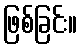
ဖြစ်ခြင်း။